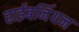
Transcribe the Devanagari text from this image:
हाईबर्नियन